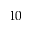
1 0